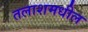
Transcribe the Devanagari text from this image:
तलाशमधील